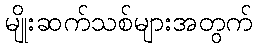
မျိုးဆက်သစ်များအတွက်